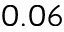
0 . 0 6